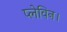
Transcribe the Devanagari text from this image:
प्लेविन।